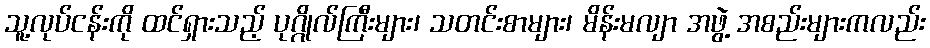
သူ့လုပ်ငန်းကို ထင်ရှားသည့် ပုဂ္ဂိုလ်ကြီးများ၊ သတင်းစာများ၊ မိန်းမလျာ အဖွဲ့ အစည်းများကလည်း